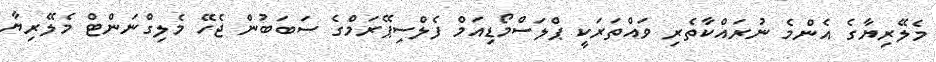
މެލޭރިޔާގެ އެންމެ ނުރައްކާތެރި ވައްތަރަކީ ޕްލަސްމޯޑިއަމް ފެލްސިޕޭރަމްގެ ސަބަބުން ޖެހޭ މެލިގްނަންޓް މެލޭރިޔާ